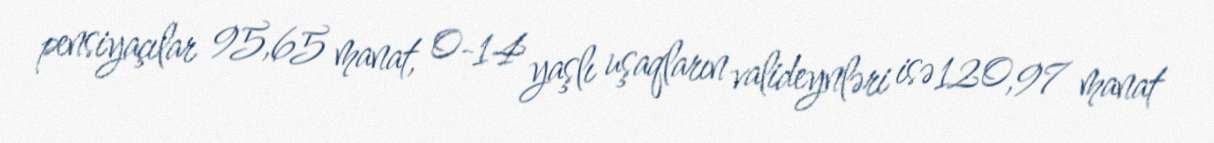
pensiyaçılar 95,65 manat, 0-14 yaşlı uşaqların valideynləri isə 120,97 manat